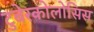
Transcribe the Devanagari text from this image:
टुबेरकोलोसिस